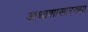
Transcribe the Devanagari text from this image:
आधाशासारख्या